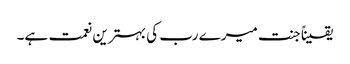
یقیناً جنت میرے رب کی بہترین نعمت ہے۔